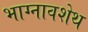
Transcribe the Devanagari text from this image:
भाग्नावशेथ